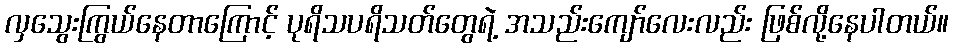
လှသွေးကြွယ်နေတာကြောင့် ပုရိသပရိသတ်တွေရဲ့ အသည်းကျော်လေးလည်း ဖြစ်လို့နေပါတယ်။